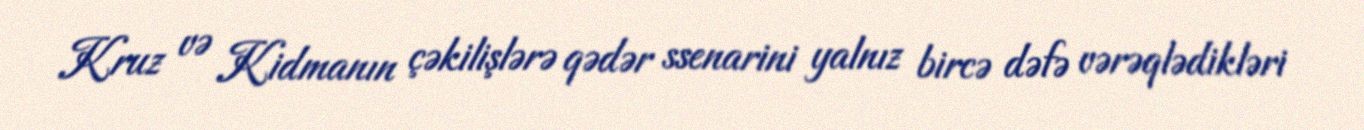
Kruz və Kidmanın çəkilişlərə qədər ssenarini yalnız bircə dəfə vərəqlədikləri